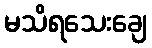
မသိရသေးချေ